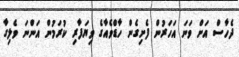
ދެހާސް އަށް ވަނަ އަހަރުން ފެށިގެން ހާޑްވެއާގެ ވިޔަފާރި ކުރަމުން އަންނަ ވެލިގާ